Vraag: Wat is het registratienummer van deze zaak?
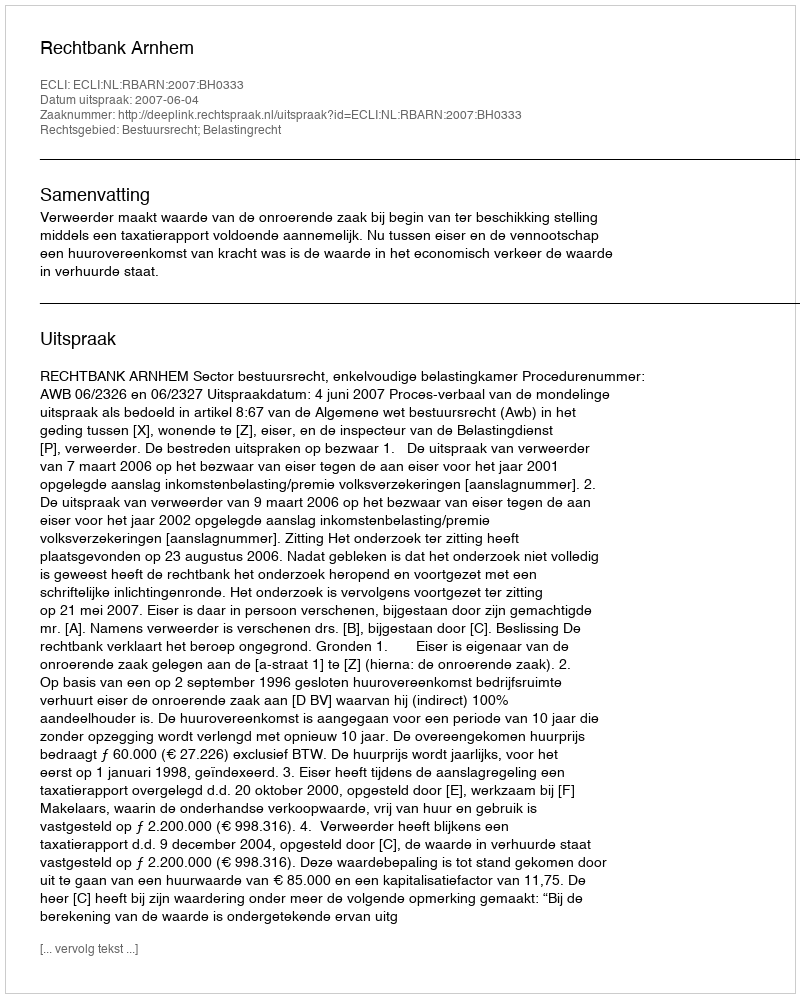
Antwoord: http://deeplink.rechtspraak.nl/uitspraak?id=ECLI:NL:RBARN:2007:BH0333